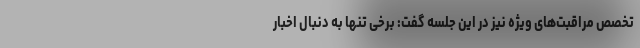
تخصص مراقبت‌های ویژه نیز در این جلسه گفت: برخی تنها به دنبال اخبار